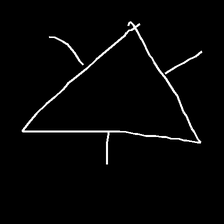
Glyph: fire